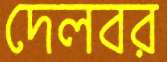
দেলবর